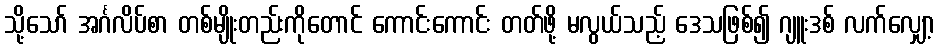
သို့သော် အင်္ဂလိပ်စာ တစ်မျိုးတည်းကိုတောင် ကောင်းကောင်း တတ်ဖို့ မလွယ်သည့် ဒေသဖြစ်၍ ဂျူးဒစ် လက်လျှော့